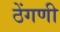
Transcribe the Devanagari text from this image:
ठेंगणी